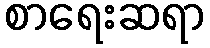
စာရေးဆရာ